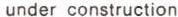
under construction